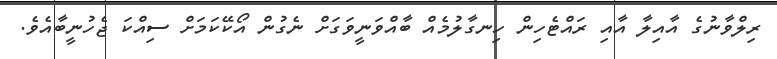
ރިލްވާނުގެ އާއިލާ އާއި ރައްޓެހިން ހިނގާލުމެއް ބާއްވަނީވަގަށް ނެގުން އޯކޭކަމަށް ސިއްކަ ޖެހުނީބާއެވެ.